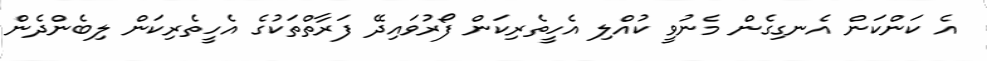
އެ ކަންކަން އެނގިގެން މެނުވީ ކުއްލި އެހީތެރިކަން ފޯރުވައިދޭ ފަރާތްތަކުގެ އެހީތެރިކަން ލިބެންދެން